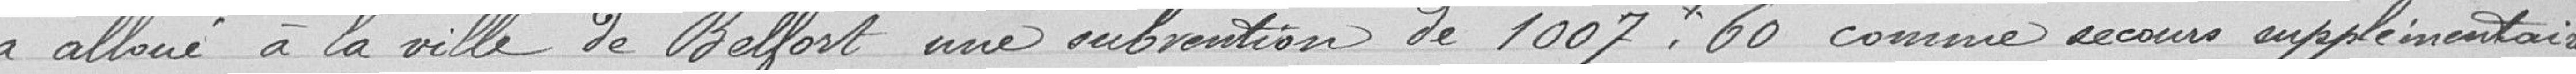
a alloué, à la Ville de Belfort une subvention de 1 007.60 francs comme secours supplémentaires